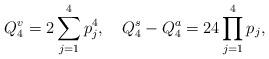
LaTeX: \begin{align*}Q_4^v=2\sum_{j=1}^4p_j^4,\quad Q_4^s-Q_4^a=24\prod_{j=1}^4p_j,\end{align*}